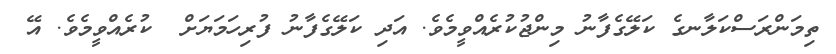
ތިމަންރަސްކަލާނގެ ކަލޭގެފާނު މިންޖުކުރެއްވީމެވެ. އަދި ކަލޭގެފާނު ފުރިހަމަޔަށް  ކުރެއްވީމެވެ. އޭ